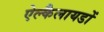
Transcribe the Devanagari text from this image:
ऐल्कैलायडों